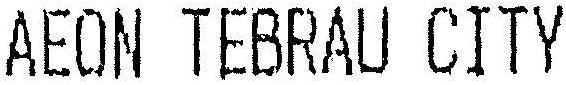
AEON TEBRAU CITY